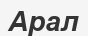
Арал